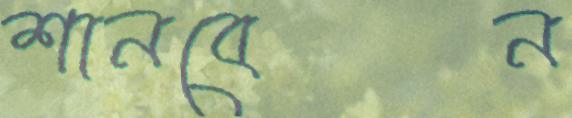
শানবেন